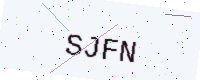
Text: SJFN